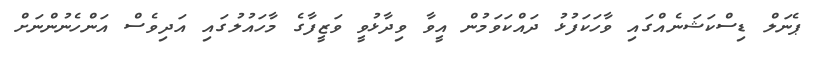
ޕެނަލް ޑިސްކަޝަނެއްގައި ވާހަކަފުޅު ދައްކަވަމުން އީވާ ވިދާޅުވީ ވަޒީފާގެ މާހައުލުގައި އަދިވެސް އަންހެނުންނަށް